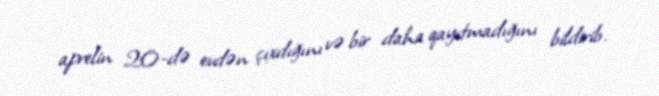
aprelin 20-də evdən çıxdığını və bir daha qayıtmadığını bildirib.